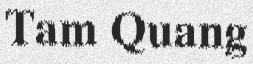
Tam Quang